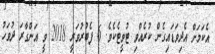
އެކަމަށް އެދިވަޑައިގެން ކުރެއްވި ޓުވީޓެކެވެ. 6 ފެބުރުވަރީ 2018 ވީ އަންގާރަ ދުވަހު